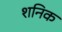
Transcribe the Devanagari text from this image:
शनिक